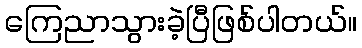
ကြေညာသွားခဲ့ပြီဖြစ်ပါတယ်။